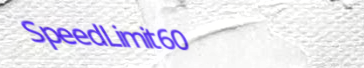
SpeedLimit60